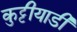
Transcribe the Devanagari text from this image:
कुट्टीयाडी